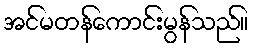
အင်မတန်ကောင်းမွန်သည်။